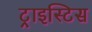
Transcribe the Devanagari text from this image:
ट्राइस्टिस